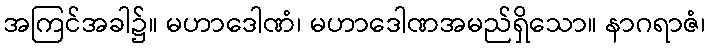
အကြင်အခါ၌။ မဟာဒေါဏံ၊ မဟာဒေါဏအမည်ရှိသော။ နာဂရာဇံ၊